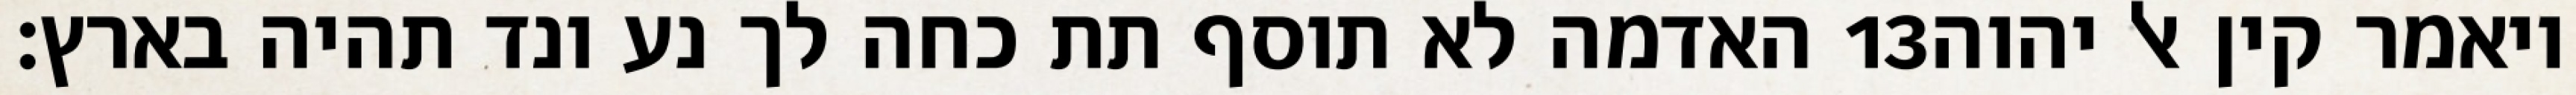
האדמה לא תוסף תת כחה לך נע ונד תהיה בארץ׃ ‎13‏ ויאמר קין אל יהוה